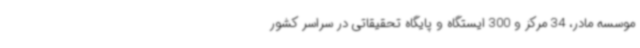
موسسه مادر، 34 مرکز و 300 ایستگاه و پایگاه تحقیقاتی در سراسر کشور